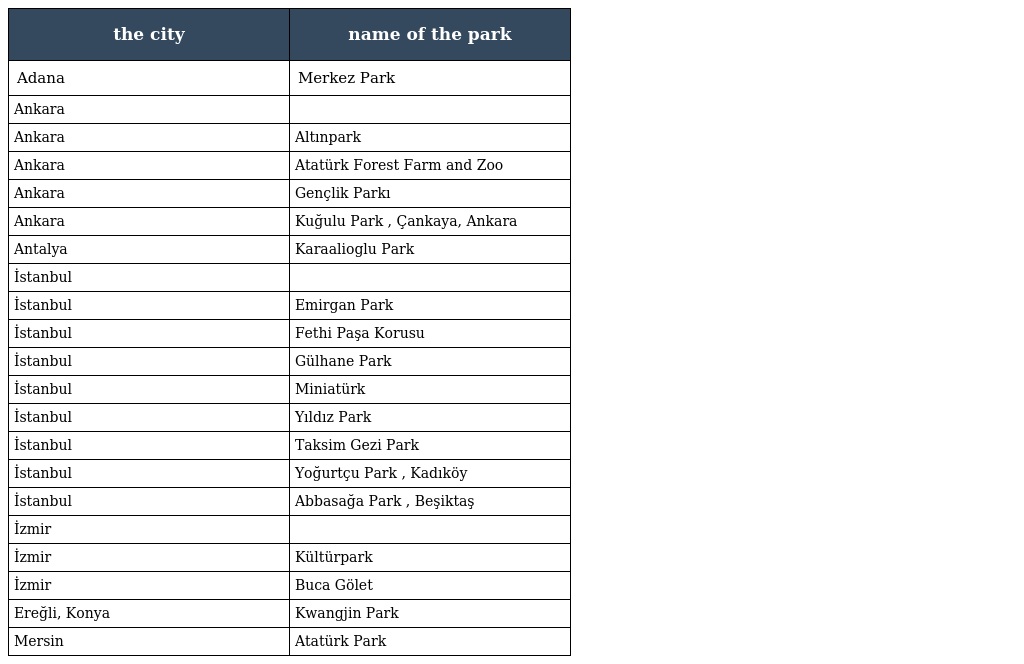
| the city | name of the park |
 | --- | --- |
 | Adana | Merkez Park |
 | Ankara |  |
 | Ankara | Altınpark |
 | Ankara | Atatürk Forest Farm and Zoo |
 | Ankara | Gençlik Parkı |
 | Ankara | Kuğulu Park , Çankaya, Ankara |
 | Antalya | Karaalioglu Park |
 | İstanbul |  |
 | İstanbul | Emirgan Park |
 | İstanbul | Fethi Paşa Korusu |
 | İstanbul | Gülhane Park |
 | İstanbul | Miniatürk |
 | İstanbul | Yıldız Park |
 | İstanbul | Taksim Gezi Park |
 | İstanbul | Yoğurtçu Park , Kadıköy |
 | İstanbul | Abbasağa Park , Beşiktaş |
 | İzmir |  |
 | İzmir | Kültürpark |
 | İzmir | Buca Gölet |
 | Ereğli, Konya | Kwangjin Park |
 | Mersin | Atatürk Park |